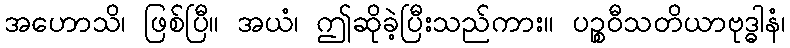
အဟောသိ၊ ဖြစ်ပြီ။ အယံ၊ ဤဆိုခဲ့ပြီးသည်ကား။ ပဉ္စဝီသတိယာဗုဒ္ဓါနံ၊